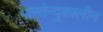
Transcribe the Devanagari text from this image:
भारतेन्दुकालीन